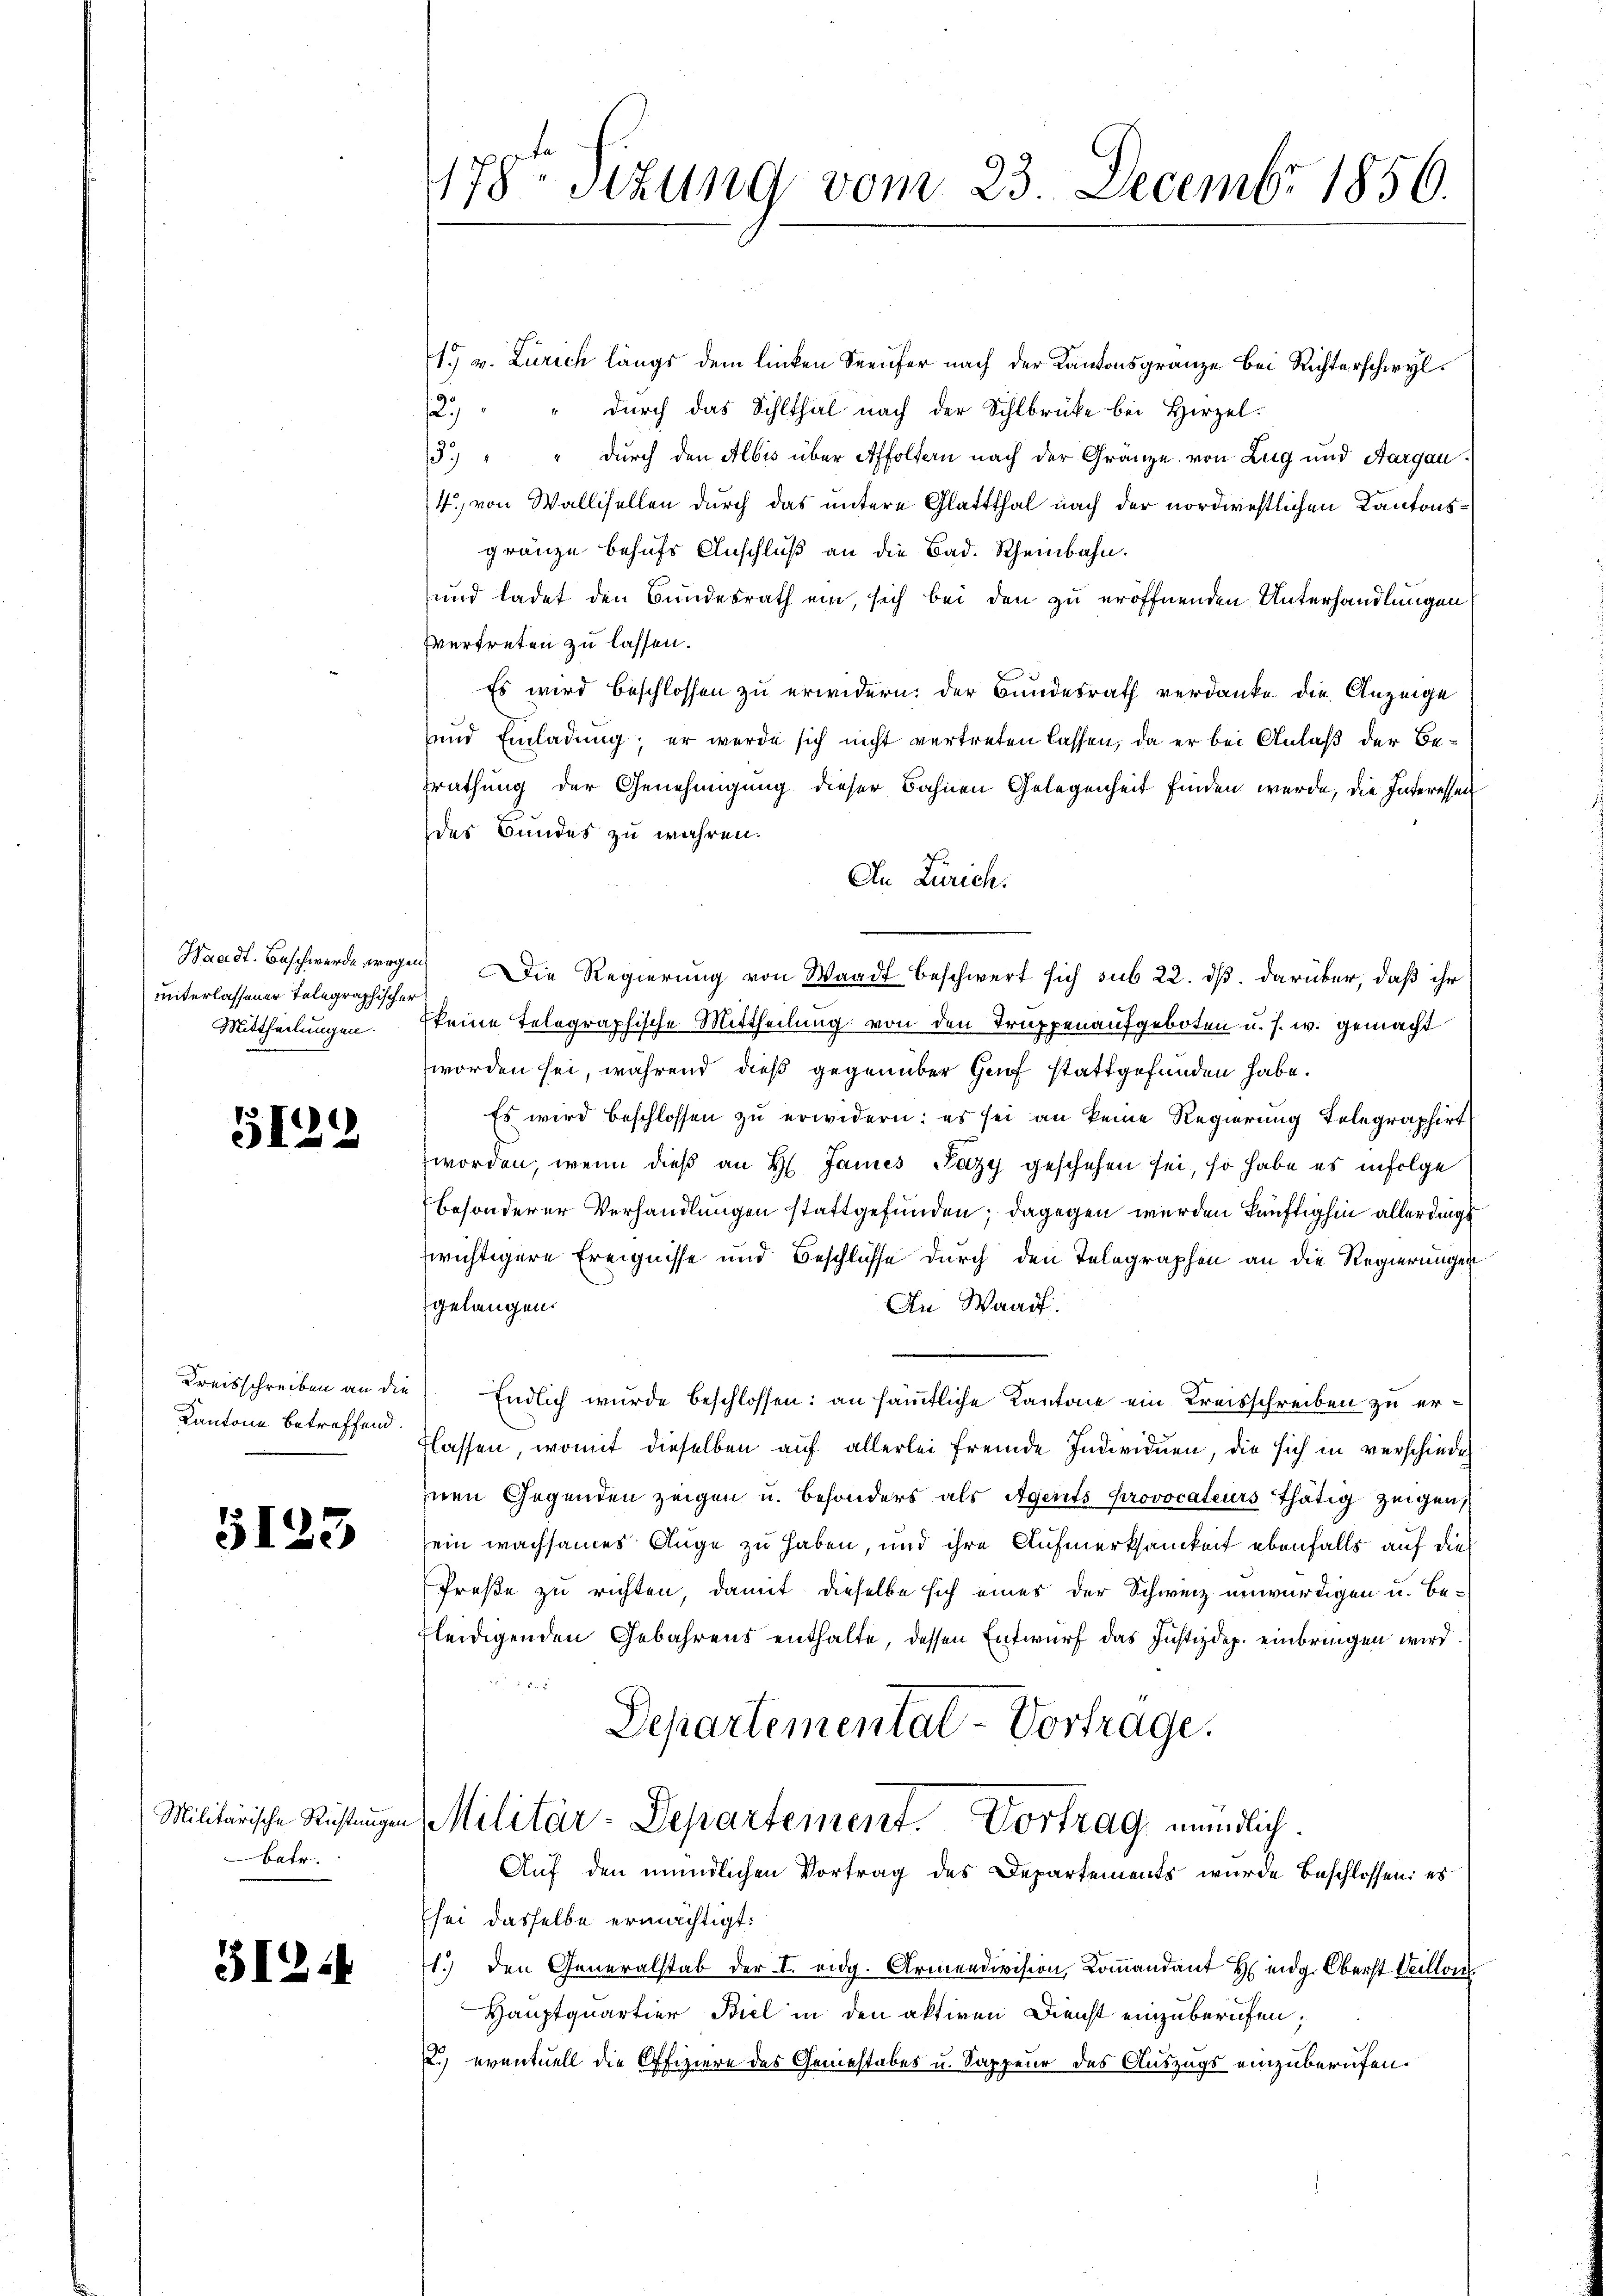
unterlassener Telegraphischer
Mittheilungen.

5122

Kantone betreffend.

3123

Batr.

31214

178ten Sizung vom 23. Decembr 1856.

1. v. Zürich längs dem linken Seeufer nach der Kantonsgränze bei Richterschwyl
2.) " " durch das Schlthal nach der Sihlbrücke bei Hirzel.
5.) " " durch den Albis über Affoltern nach der Gränze von Zug und Aargau
4. von Wallisellen durch das untere Glattthal nach der nordwestlichen Kantonsgränze behufs Anschluß an die Bad. Rheinbahn.
und ladet den Bundesrath ein, sich bei den zu eröffnenden Unterhandlungen
fvertreten zu lassen.
Es wird beschlossen zu erwidern, der Bundesrath verdanke die Anzeige
und Einladung; er werde sich nicht vertreten lassen, da er bei Anlaß der Berathung der Genehmigung dieser Bahnen Gelegenheit finden werde, die Interessen
des Bundes zu wahren.
An Zürich.
Waadt. Beschwerde wegen Die Regierung von Waadt beschwert sich sub 22. ds. darüber, daß ihr
keine Telegraphische Mittheilung von den Truppenaufgeboten u. s. w. gemacht
worden sei, während dieß gegenüber Genf stattgefunden habe.
Es wird beschlossen zu erwidern: es sei an keine Regierung Telegraphirt
worden, wenn dieß an H. James Pazy geschehen sei, so habe es infolge
besonderer Verhandlungen stattgefunden; dagegen werden künftighin allerdings
wichtigere Ereignisse und Beschlüsse durch den Telegraphen an die Regierungen
gelangen.
An Waadt:
Kreisschreiben an die Endlich wurde beschlossen: an sämtliche Kantone ein Kreisschreiben zu erflassen, womit dieselben auf allerlei fremde Individuen, die sich in verschieden
Inen Gegenden zeigen u. besonders als Agents provocateurs thätig zeigen,
sein wachsames Auge zu haben, und ihre Aufmerksamkeit ebenfalls auf dies
Preße zu richten, damit dieselbe sich eines der Schweiz unwürdigen u. befleidigenden Gebahrens enthalte, dessen Entwurf das Justizdep. einbringen wird.
F
Departementat - Vortrage.
Militärische Rüstungen Militär-Departement. Vortrag, mündlich.
Auf den mündlichen Vortrag des Departements wurde beschlossen: es
sei dasselbe ermächtigt.
1.) den Generalstab der I. eidg. Armendivision, Koṁandant H. indig. Oberst Veillon
Hauptquartier Biel in den aktiven Dienst einzuberufen,
2.) eventuell die Offiziere des Gemestabes u. Sappeur des Auszugs einzuberufen.